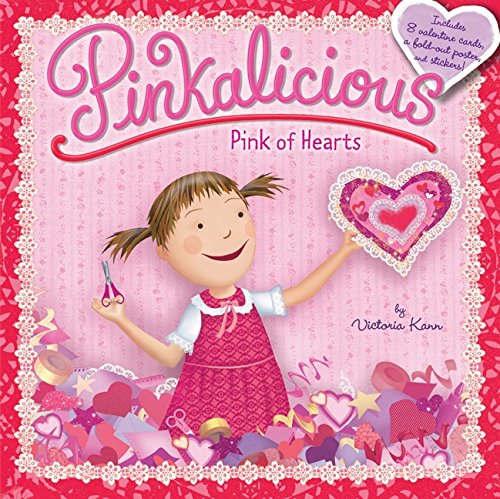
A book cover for Pinkalicious: Pink of Hearts; Victoria Kann; Children's Books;